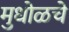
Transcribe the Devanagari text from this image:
मुधोळचे